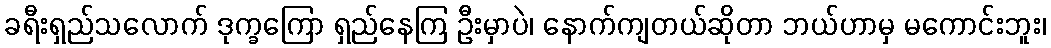
ခရီးရှည်သလောက် ဒုက္ခကြော ရှည်နေကြ ဦးမှာပဲ၊ နောက်ကျတယ်ဆိုတာ ဘယ်ဟာမှ မကောင်းဘူး၊